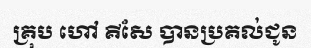
គ្រុប ហៅ គីសែ បានប្រគល់ជូន